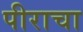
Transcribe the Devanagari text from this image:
पीराचा